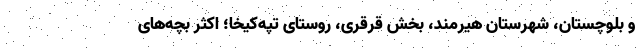
و بلوچستان، شهرستان هیرمند، بخش قُرقُری، روستای تپه‌کیخا؛ اکثر بچه‌های